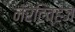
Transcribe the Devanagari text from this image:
नॅरेटिव्ह्‌ज